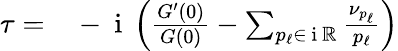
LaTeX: \begin{array}{r}{\begin{array}{rl}{\tau=}&{{}-\mathrm{~i~}\left(\frac{G^{\prime}(0)}{G(0)}-\sum_{p_{\ell}\in\mathrm{~i~}\mathbb{R}}\frac{\nu_{p_{\ell}}}{p_{\ell}}\right)}\end{array}}\end{array}